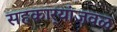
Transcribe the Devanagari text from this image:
सहकार्‍यांजवळ